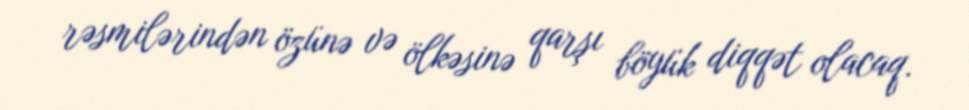
rəsmilərindən özünə və ölkəsinə qarşı böyük diqqət olacaq.